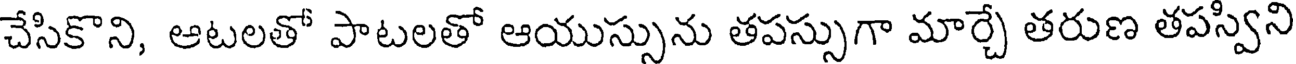
చేసికొని, ఆటలతో పాటలతో ఆయుస్సును తపస్సుగా మార్చే తరుణ తపస్విని